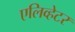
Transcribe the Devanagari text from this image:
एलिव्हेटर